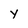
Character: Y